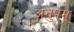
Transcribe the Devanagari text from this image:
अनुपम्